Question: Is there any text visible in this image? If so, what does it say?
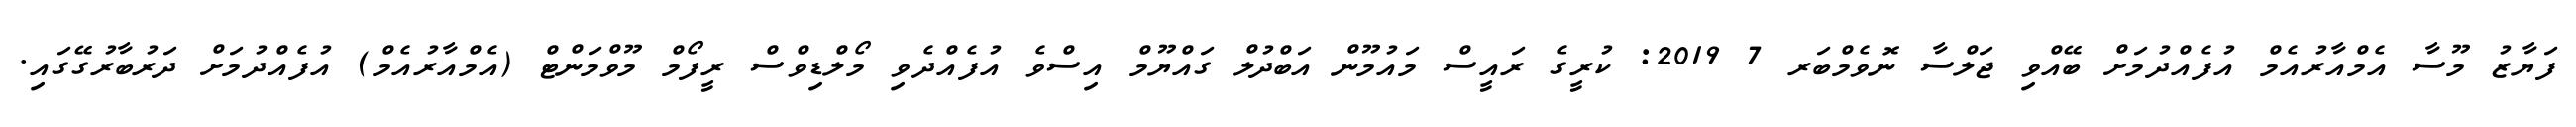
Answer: ފަޔާޒު މޫސާ އެމްއާރުއެމް އުފެއްދުމަށް ބޭއްވި ޖަލްސާ ނޮވެމްބަރ 7 2019: ކުރީގެ ރައީސް މައުމޫން އަބްދުލް ގައްޔޫމް އިސްވެ އުފެއްދެވި މޯލްޑިވްސް ރީފޯމް މޫވްމަންޓް (އެމްއާރުއެމް) އުފެއްދުމަށް ދަރުބާރުގޭގައި.